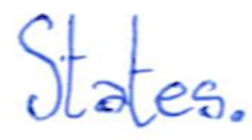
Text: States.
Cross-out: clean
Writing tool: ballpoint